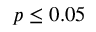
p \leq 0 . 0 5